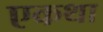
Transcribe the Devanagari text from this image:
एकथा